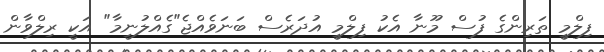
ފިލްމީ ތަރިންގެ ފުސް މޫނާ އެކު ފިލްމީ އުދަރެސް ބަނަވެއްޖެ"ގެއްލުނީމާ" އަކީ ރިލްވާން